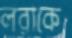
লরাকে